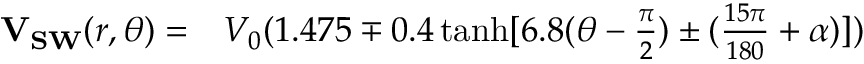
\begin{array} { r l } { \mathbf { V _ { S W } } ( r , \theta ) = } & { { } V _ { 0 } ( 1 . 4 7 5 \mp 0 . 4 \operatorname { t a n h } [ 6 . 8 ( \theta - \frac { \pi } { 2 } ) \pm ( \frac { 1 5 \pi } { 1 8 0 } + \alpha ) ] ) } \end{array}